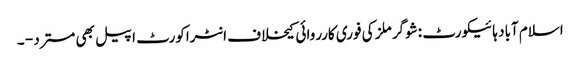
اسلام آباد ہائیکورٹ :شوگر ملز کی فوری کارروائی کیخلاف انٹراکورٹ اپیل بھی مسترد - ۔